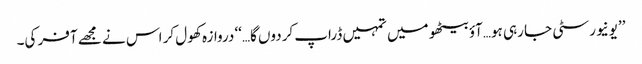
’’یونیورسٹی جا رہی ہو…آؤ بیٹھو میں تمہیں ڈراپ کردوں گا…‘‘ دروازہ کھول کر اس نے مجھے آفر کی۔